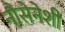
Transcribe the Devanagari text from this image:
नौसेनेशी